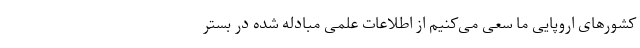
کشورهای اروپایی ما سعی می‌کنیم از اطلاعات علمی مبادله شده در بستر